Standards of the constituents of the urine and blood and the bearing of the metabolism of Bengalis on the problems of nutrition - Number 34
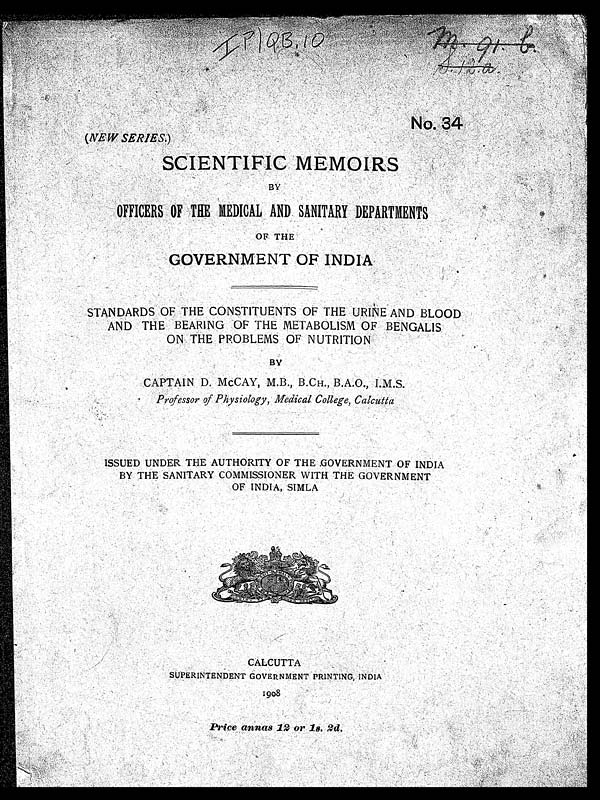
m. 91. b
S
. 1 2 . a
(NEW SERIES.)
SCIENTIFIC MEMOIRS
BY
OFFICERS OF (TB MEDICAL AND SANITARY DEPARTMENTS
OF THE
GOVERNMENT OF INDIA
STANDARDS OF THE CONSTITUENTS OF THE URINE AND BLOOD
AND THE BEARING OF THE METABOLISM OF BENGALIS:
ON. THE PROBLEMS OF NUTRITION
BY
CAPTAIN D. McCAY, M.B., B.CH, B.A.O., I.M.S.
Professor of Physiology, Medical College, Calcutta
ISSUED UNDER THE AUTHORITY OF THE GOVERNMENT OF INDIA
BY THE SANITARY COMMISSIONER WITH THE GOVERNMENT
OF INDIA, SIMLA
CALCUTTA
SUPERINTENDENT GOVERNMENT PRINTING, INDIA
1908
Price annas 12 or 1s. 2d.